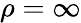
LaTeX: \rho=\infty